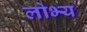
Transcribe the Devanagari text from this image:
लोभ्य